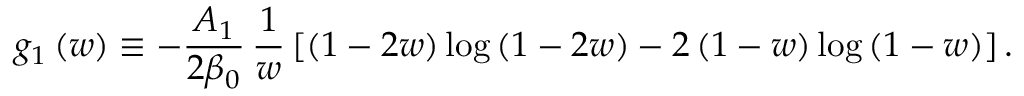
\, g _ { 1 } \left( w \right) \equiv - \frac { A _ { 1 } } { 2 \beta _ { 0 } } \, \frac { 1 } { w } \left[ \left( 1 - 2 w \right) \log \left( 1 - 2 w \right) - 2 \left( 1 - w \right) \log \left( 1 - w \right) \right] .